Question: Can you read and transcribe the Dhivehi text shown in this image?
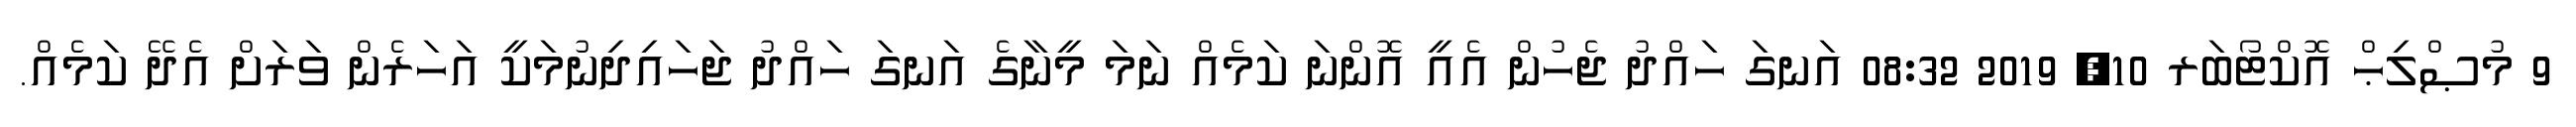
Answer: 9 މުޞްލިޙް އޮކްޓޯބަރ 10, 2019 08:32 އަނގަ ހައްދު ޖެހުން އެއީ އޮންނަ ކަމެއް ނަމަ މީނާގެ އަނގަ ހައްދު ޖަހައިދިނުމަކީ އަހަރެން ވަރަށް އެދޭ ކަމެއް.